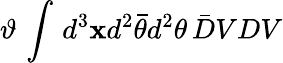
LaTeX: \vartheta\, \int\, d^{3}\mathbf{x}d^{2}\bar{{\theta}}d^{2}\theta\, \bar{{D}}VDV